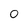
Character: 0